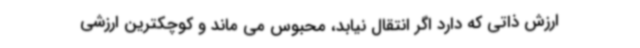
ارزش ذاتی که دارد اگر انتقال نیابد، محبوس می ماند و کوچکترین ارزشی